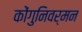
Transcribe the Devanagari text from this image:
कोंगुनिवर्मन